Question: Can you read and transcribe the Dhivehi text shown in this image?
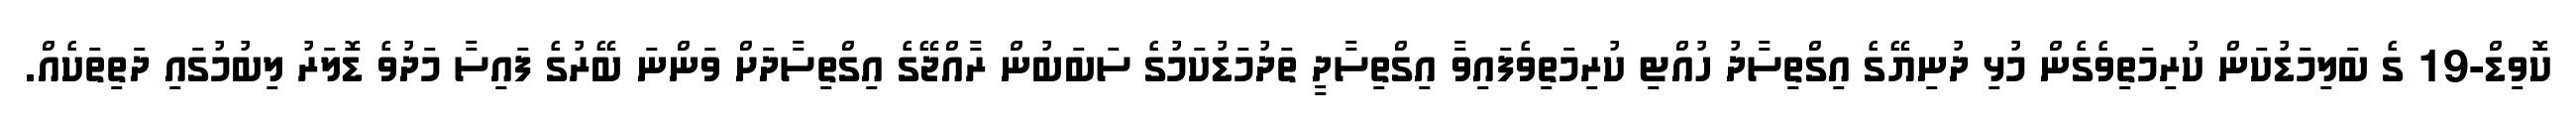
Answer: ކޮވިޑް-19 ގެ ބަލިމަޑުކަން ކުރިމަތިވެގެން މުޅި ދުނިޔޭގެ އިގްތިސާދު ހުއްޓި ކުރިމަތިވެފައިވާ އިގްތިސާދީ ތަދުމަޑުކަމުގެ ސަބަބުން ރާއްޖޭގެ އިގްތިސާދަށް ވަންނަ ބޭރުގެ ފައިސާ މަދުވެ ޑޮލަރު ލިބުމުގައި ދަތިތަކެއް.